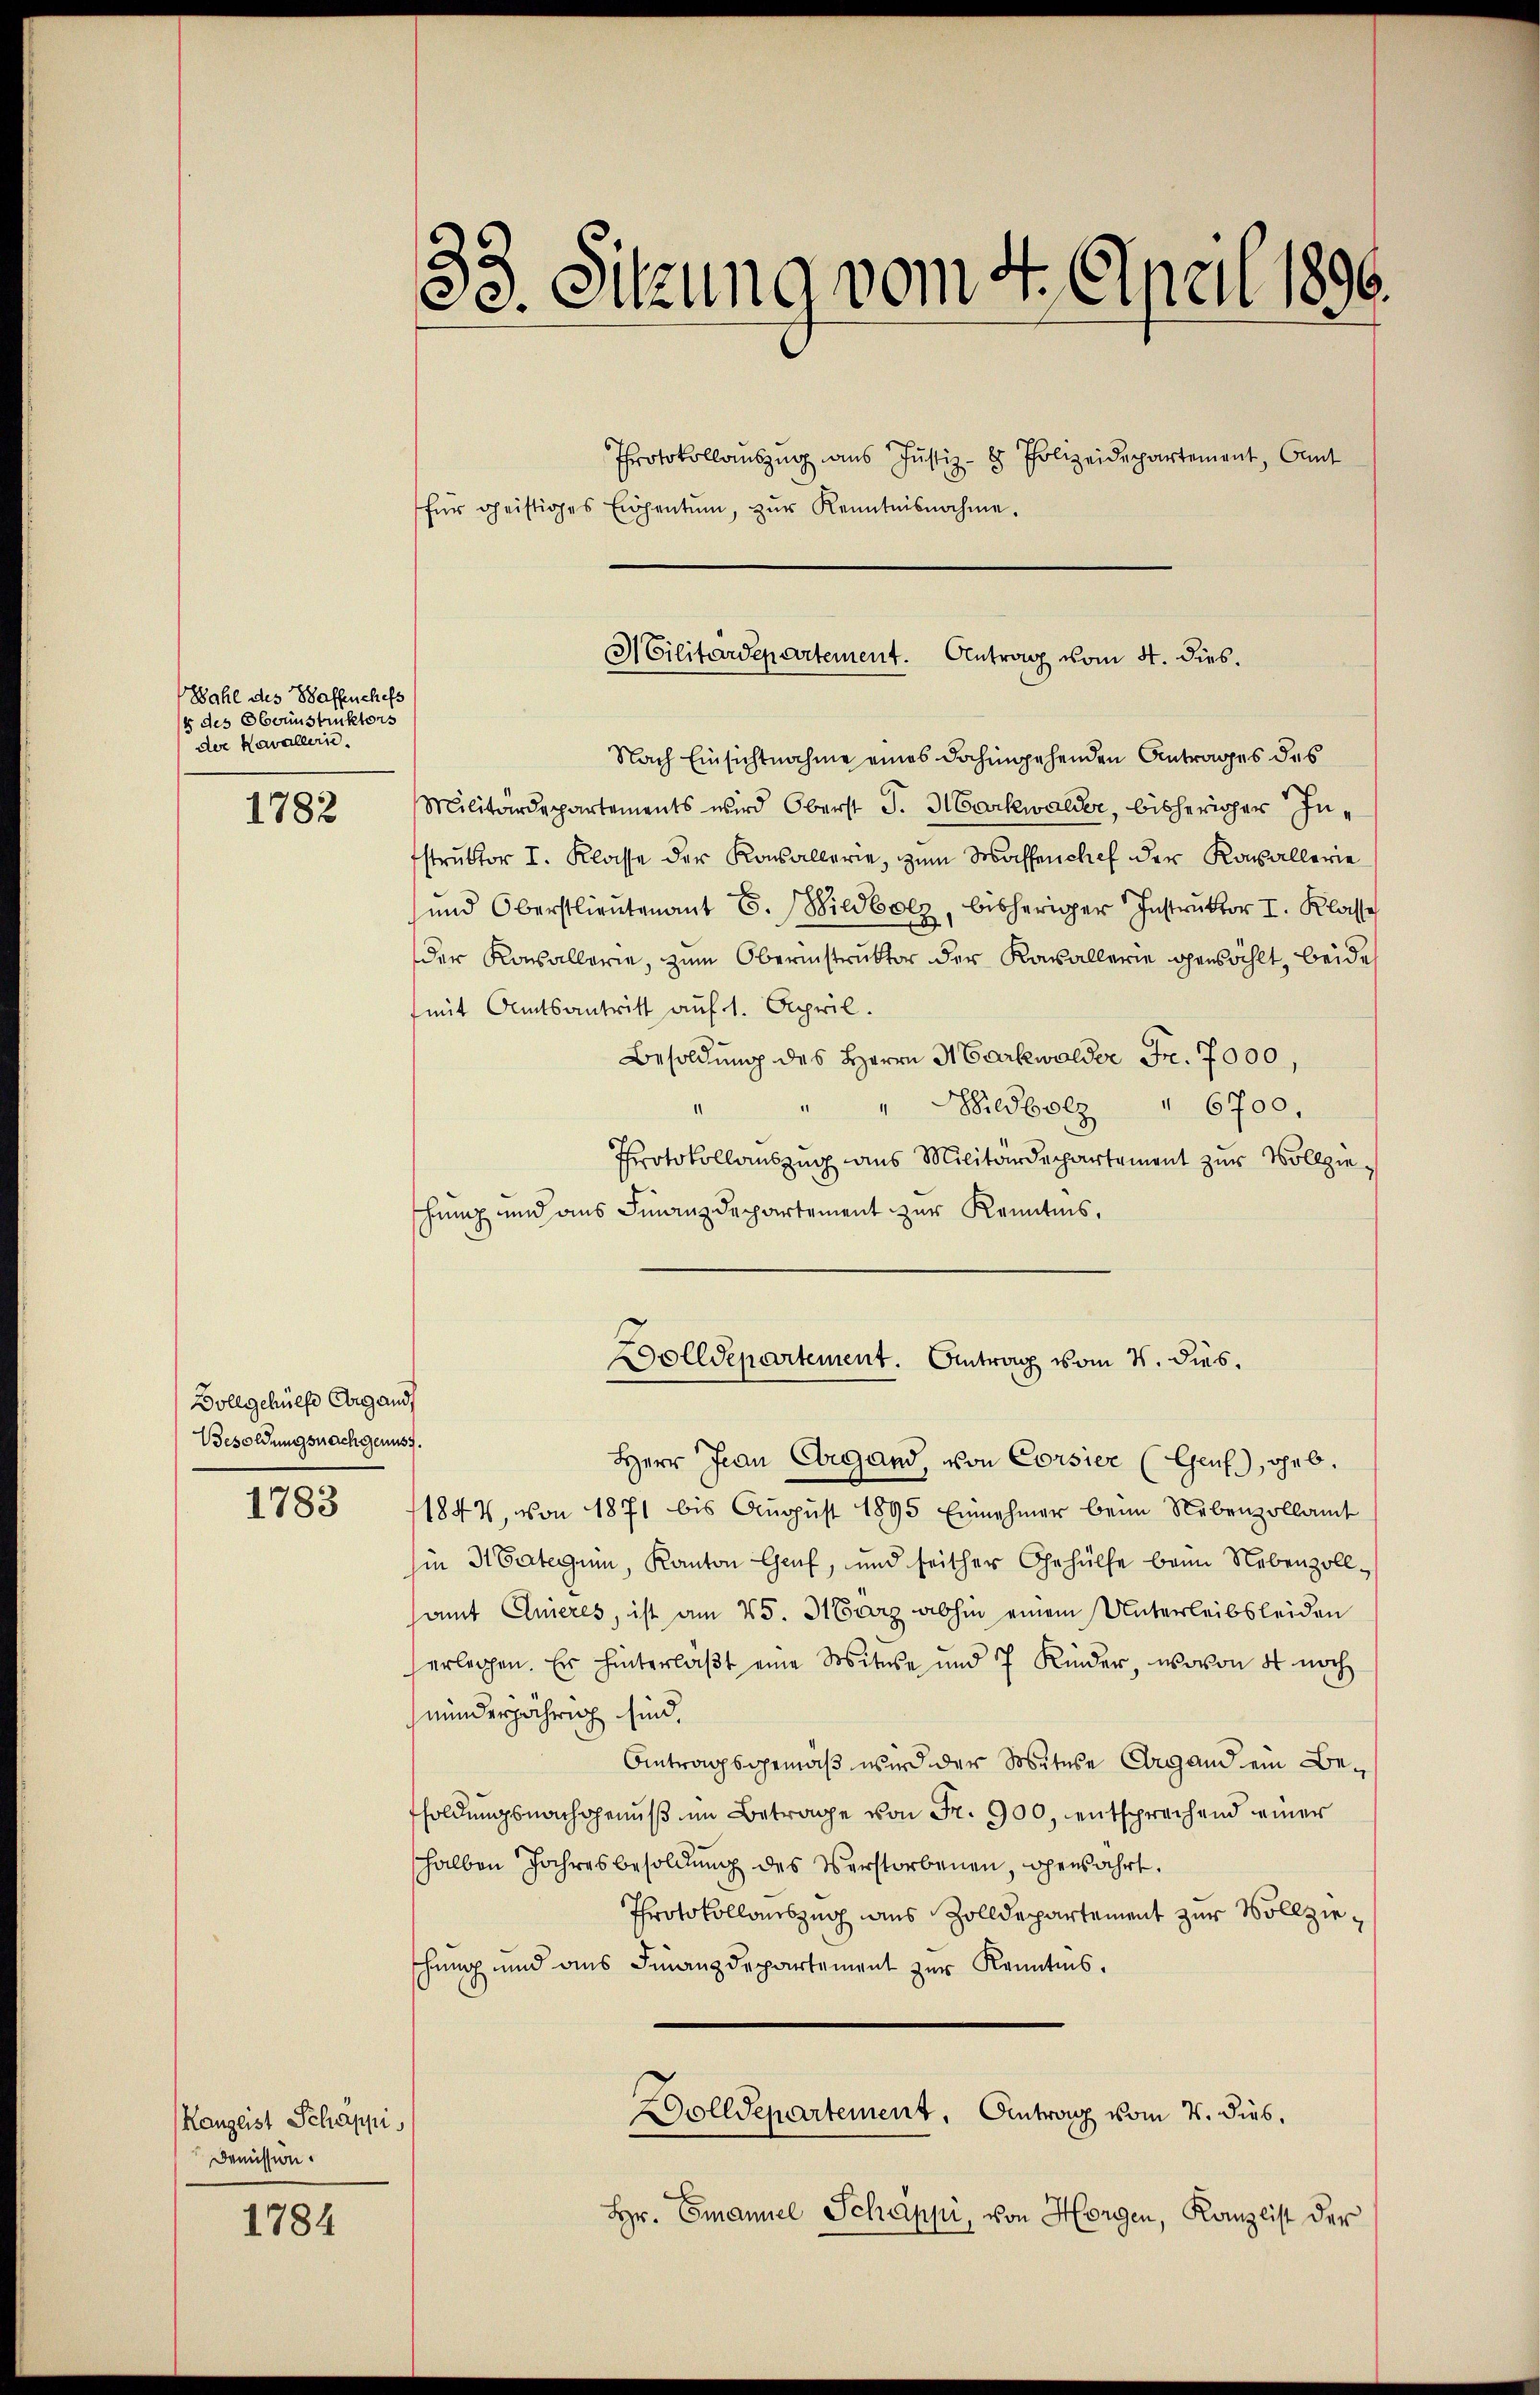
Wahl des Waffenchefs
§ des Obrunstruktors
der Kavallerie.

1782

Bollgehülfe Organd
Besoldungsnachgenuss.

1783

Kaugeist Schäppi,
Demission.

1784

ze. Sitzung vom 4. April 1896.
Protokollauszug aus Justiz- & Polizeidepartement, Cant
für geistiges Eigentum, zŭr Kenntnisnahme.

d

Militärdepartement. Antrag vom 4. dies.

Nach Einsichtnahme eines dahingehenden Antrages des
Militärdepartements wird Oberst J. Markwalder, bisheriger Instruktor I. Klasse der Konsallerie, zum Waffenchef der Kasallerie
E
und Oberstlieutenant C. Wildbolz, bisheriger Instruktor I. Klasse
der Konsallerie, zum Obernistruktor der Kavallerie gewählt, beide
(mit Amtsantritt auf 1. April.
Besoldung des Herrn Markwalder Fr. 7000,
" 6700.
" Wildbolz
1
Protokollauszug aus Militärdepartement zur Vollziehung und aus Finanzdepartement zur Kenntnis,
Herr Jean Ebigand, von Corsier (Genf), geb.
1842, von 1871 bis August 1895 Einnehmer beim Nebenzollamt
in 3 Vaterim, Kanton Genf, und seither Gehülfe beim Nebenzoll-
samt Anieres, ist am 25. März abhin einem Unterleibsleiden
erlegen. Er hinterlaβt eine Mobiture und 7 Kinder, wovon 4 noch
minderjährig sind.
Antragsgemäß wird der Mitere Aargand ein Besoldungsnachgenuß im Betrage von Fr. 900, entsprechend einer
halben Jahresbesoldung des Verstorbenen, gewahrt.
Protokollauszug aus Zolldepartement zur Vollzieschung und aus Finanzdepartement zur Kenntnis.
Dolldepartement. Antrag vom 7. dies,
Hr. Emanuel Schäppi, von Horgen, Kanzlist der

Dolldepartement. Antrag vom 15. dies.